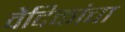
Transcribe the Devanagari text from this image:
वैदिकांचा